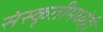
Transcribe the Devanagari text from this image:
संस्कृतीमध्येही